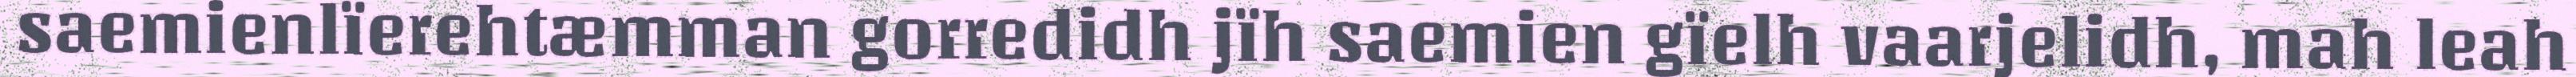
saemienlïerehtæmman gorredidh jïh saemien gïelh vaarjelidh, mah leah